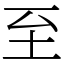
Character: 至